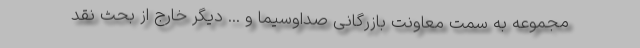
مجموعه به سمت معاونت بازرگانی صداوسیما و ... دیگر خارج از بحث نقد